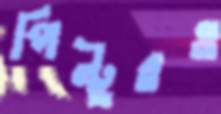
পিন্টুরও